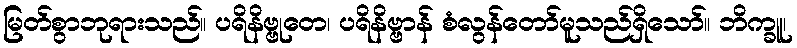
မြတ်စွာဘုရားသည်။ ပရိနိဗ္ဗုတေ၊ ပရိနိဗ္ဗာန် စံလွန်တော်မူသည်ရှိသော်။ ဘိက္ခူ၊